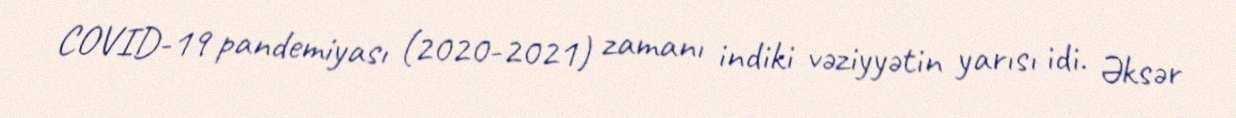
COVID-19 pandemiyası (2020-2021) zamanı indiki vəziyyətin yarısı idi. Əksər